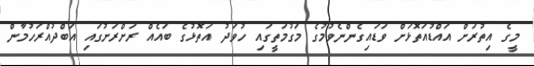
މީގެ އިތުރަށް އައްޑުއަތޮޅަށް ވަޑައިގެންނެވުމުގެ މަގުމަތީގައި ހުވަދު އަތޮޅުގެ ބައެއް ރަށްރަށުގައި އަބްދުއްރަހުމާން